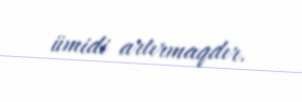
ümidi artırmaqdır.